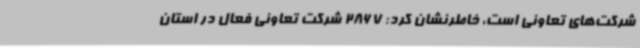
شرکت‌های تعاونی است، خاطرنشان کرد: 2867 شرکت تعاونی فعال در استان